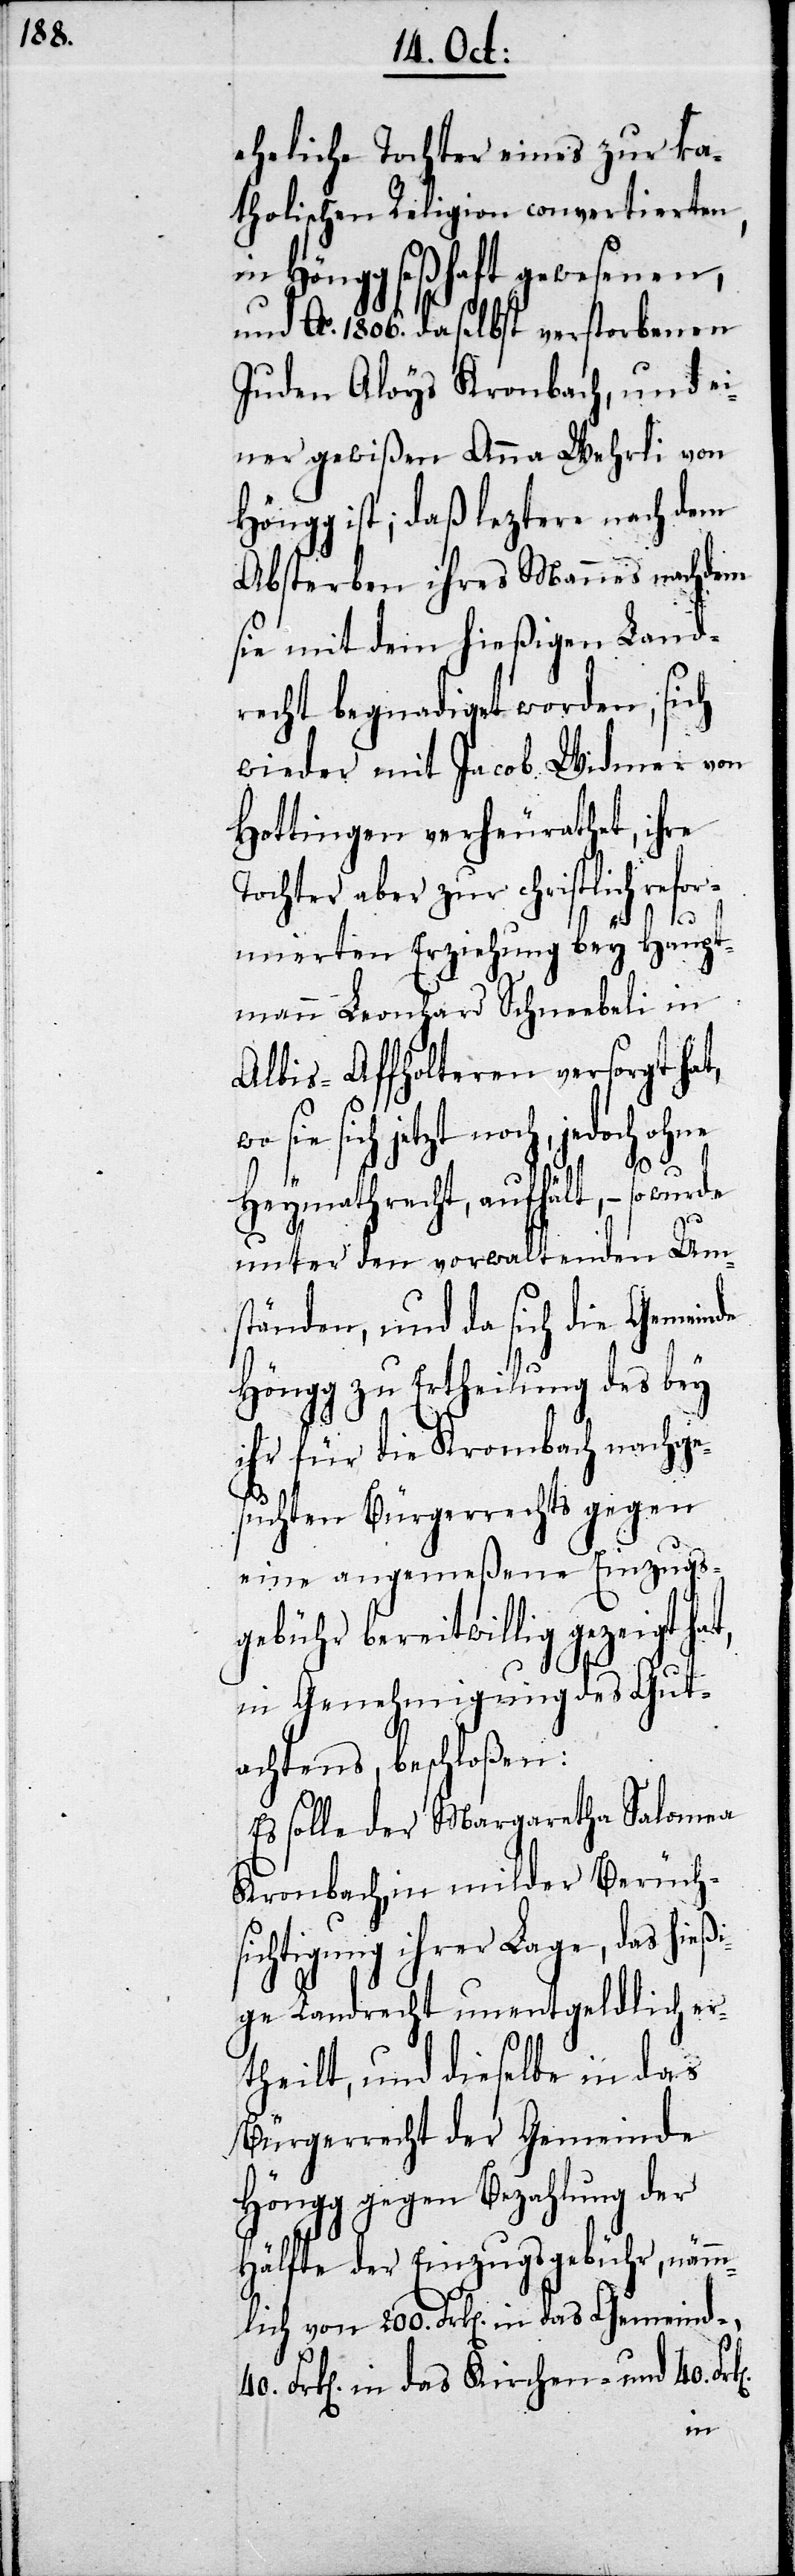
eheliche Tochter eines zur ka¬
tholischen Religion convertierten,
in Höngg seßhaft gewesenen,
und Ao. 1806. daselbst verstorbenen
Juden Aloys Kronbach, und e¬
iner gewißen Anna Wehrli von
Höngg ist; daß leztere nach dem
Absterben ihres Mannes nachdem
sie mit dem hießigen Land¬
recht begnadiget worden, sich
wieder mit Jacob Widmer von
Hottingen verheurathet, ihre
Tochter aber zur christlich refor¬
mierten Erziehung bey Haupt¬
mann Leonhard Schneebeli in
Albis-Affolteren versorgt hat,
sie sich jetzt noch, jedoch
Heymathrecht, aufhält, – so wurde
unter den vorwaltenden Ums¬
tänden, und da sich die Gemeinde
Höngg zu Ertheilung des bey
ihr für die Krombach nachge¬
suchten Bürgerrechts gegen
eine angemeßene Einzugs¬
gebühr bereitwillig gezeigt
in Genehmigung des Gut¬
achtens beschloßen:
Es solle der Margaretha Salomea
Kronbach, in milder Berück¬
sichtigung ihrer Lage, das hieß¬
ige Landrecht unentgeldlich er¬
theilt, und dieselbe in das
Bürgerrecht der Gemeinde
Höngg gegen Bezahlung der
Hälfte der Einzugsgebühr, nämm¬
lich von 200. Frk. in das Gemeind-,
40. Frk. in das Kirchen- und 40. Frk.